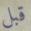
قبل